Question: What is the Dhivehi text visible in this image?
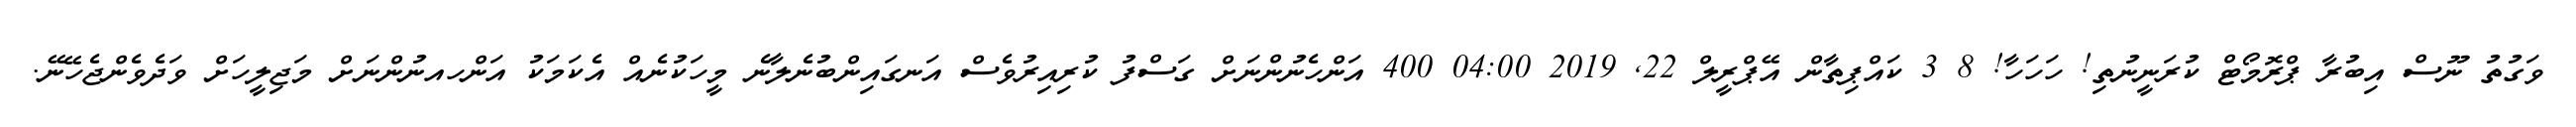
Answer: ވަގުތު ނޫސް އިބުރާ ޕްރޮމޯޓް ކުރަނީނުތި! ހަހަހާ! 8 3 ކައްޕިތާން އޭޕްރީލް 22, 2019 04:00 400 އަންހެނުންނަށް ގަސްފު ކުރިއިރުވެސް އަނގައިންބުނެލާނެ މީހަކުނެއް އެކަމަކު އަންހއނުންނަށް މަޖިލީހަށް ވަދެވެންޖެހޭނޭ.